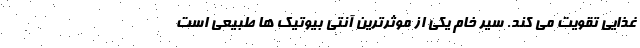
غذایی تقویت می کند. سیر خام یکی از موثرترین آنتی بیوتیک ها طبیعی است